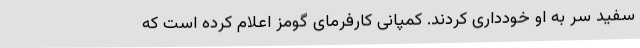
سفید سر به او خودداری کردند. کمپانی کارفرمای گومز اعلام کرده است که